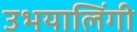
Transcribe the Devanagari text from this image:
उभयालिंगी